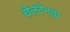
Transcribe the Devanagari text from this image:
चेलटेनह्म